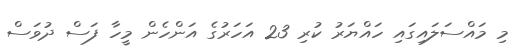
މި މައްސަލައިގައި ހައްޔަރު ކުރި 23 އަހަރުގެ އަންހެން މީހާ ފަސް ދުވަސް